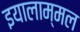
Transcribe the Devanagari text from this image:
इयालाम्मल